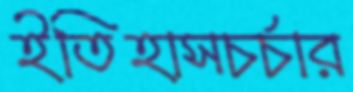
ইতিহাসচর্চার